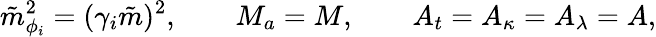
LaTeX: \tilde{m}_{\phi_{i}}^{2}=(\gamma_{i}\tilde{m})^{2},\qquad M_{a}=M,\qquad A_{t}=A_{\kappa}=A_{\lambda}=A,